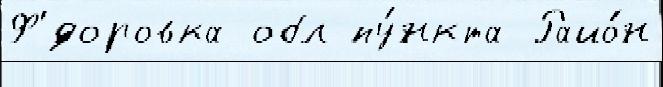
Ф'́доровка обл пу́нкта Райо́н